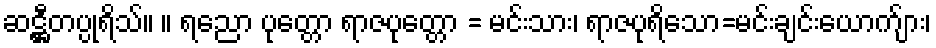
ဆဋ္ဌီတပ္ပုရိသ်။ ။ ရညော ပုတ္တော ရာဇပုတ္တော = မင်းသား၊ ရာဇပုရိသော=မင်းချင်းယောက်ျား၊